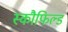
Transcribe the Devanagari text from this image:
स्कौफिल्ड